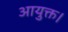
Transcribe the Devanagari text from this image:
आयुक्त।